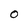
Character: O